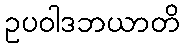
ဥပဝါဒဘယာတိ